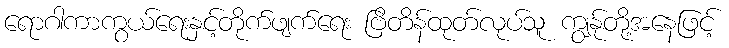
ရောဂါကာကွယ်ရေးနှင့်တိုက်ဖျက်ရေး ဗြိတိန်ထုတ်လုပ်သူ ကျွနု်တို့အနေဖြင့်